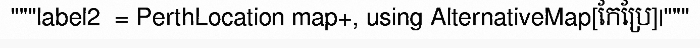
"""label2  = PerthLocation map+, using AlternativeMap[កែប្រែ]|"""